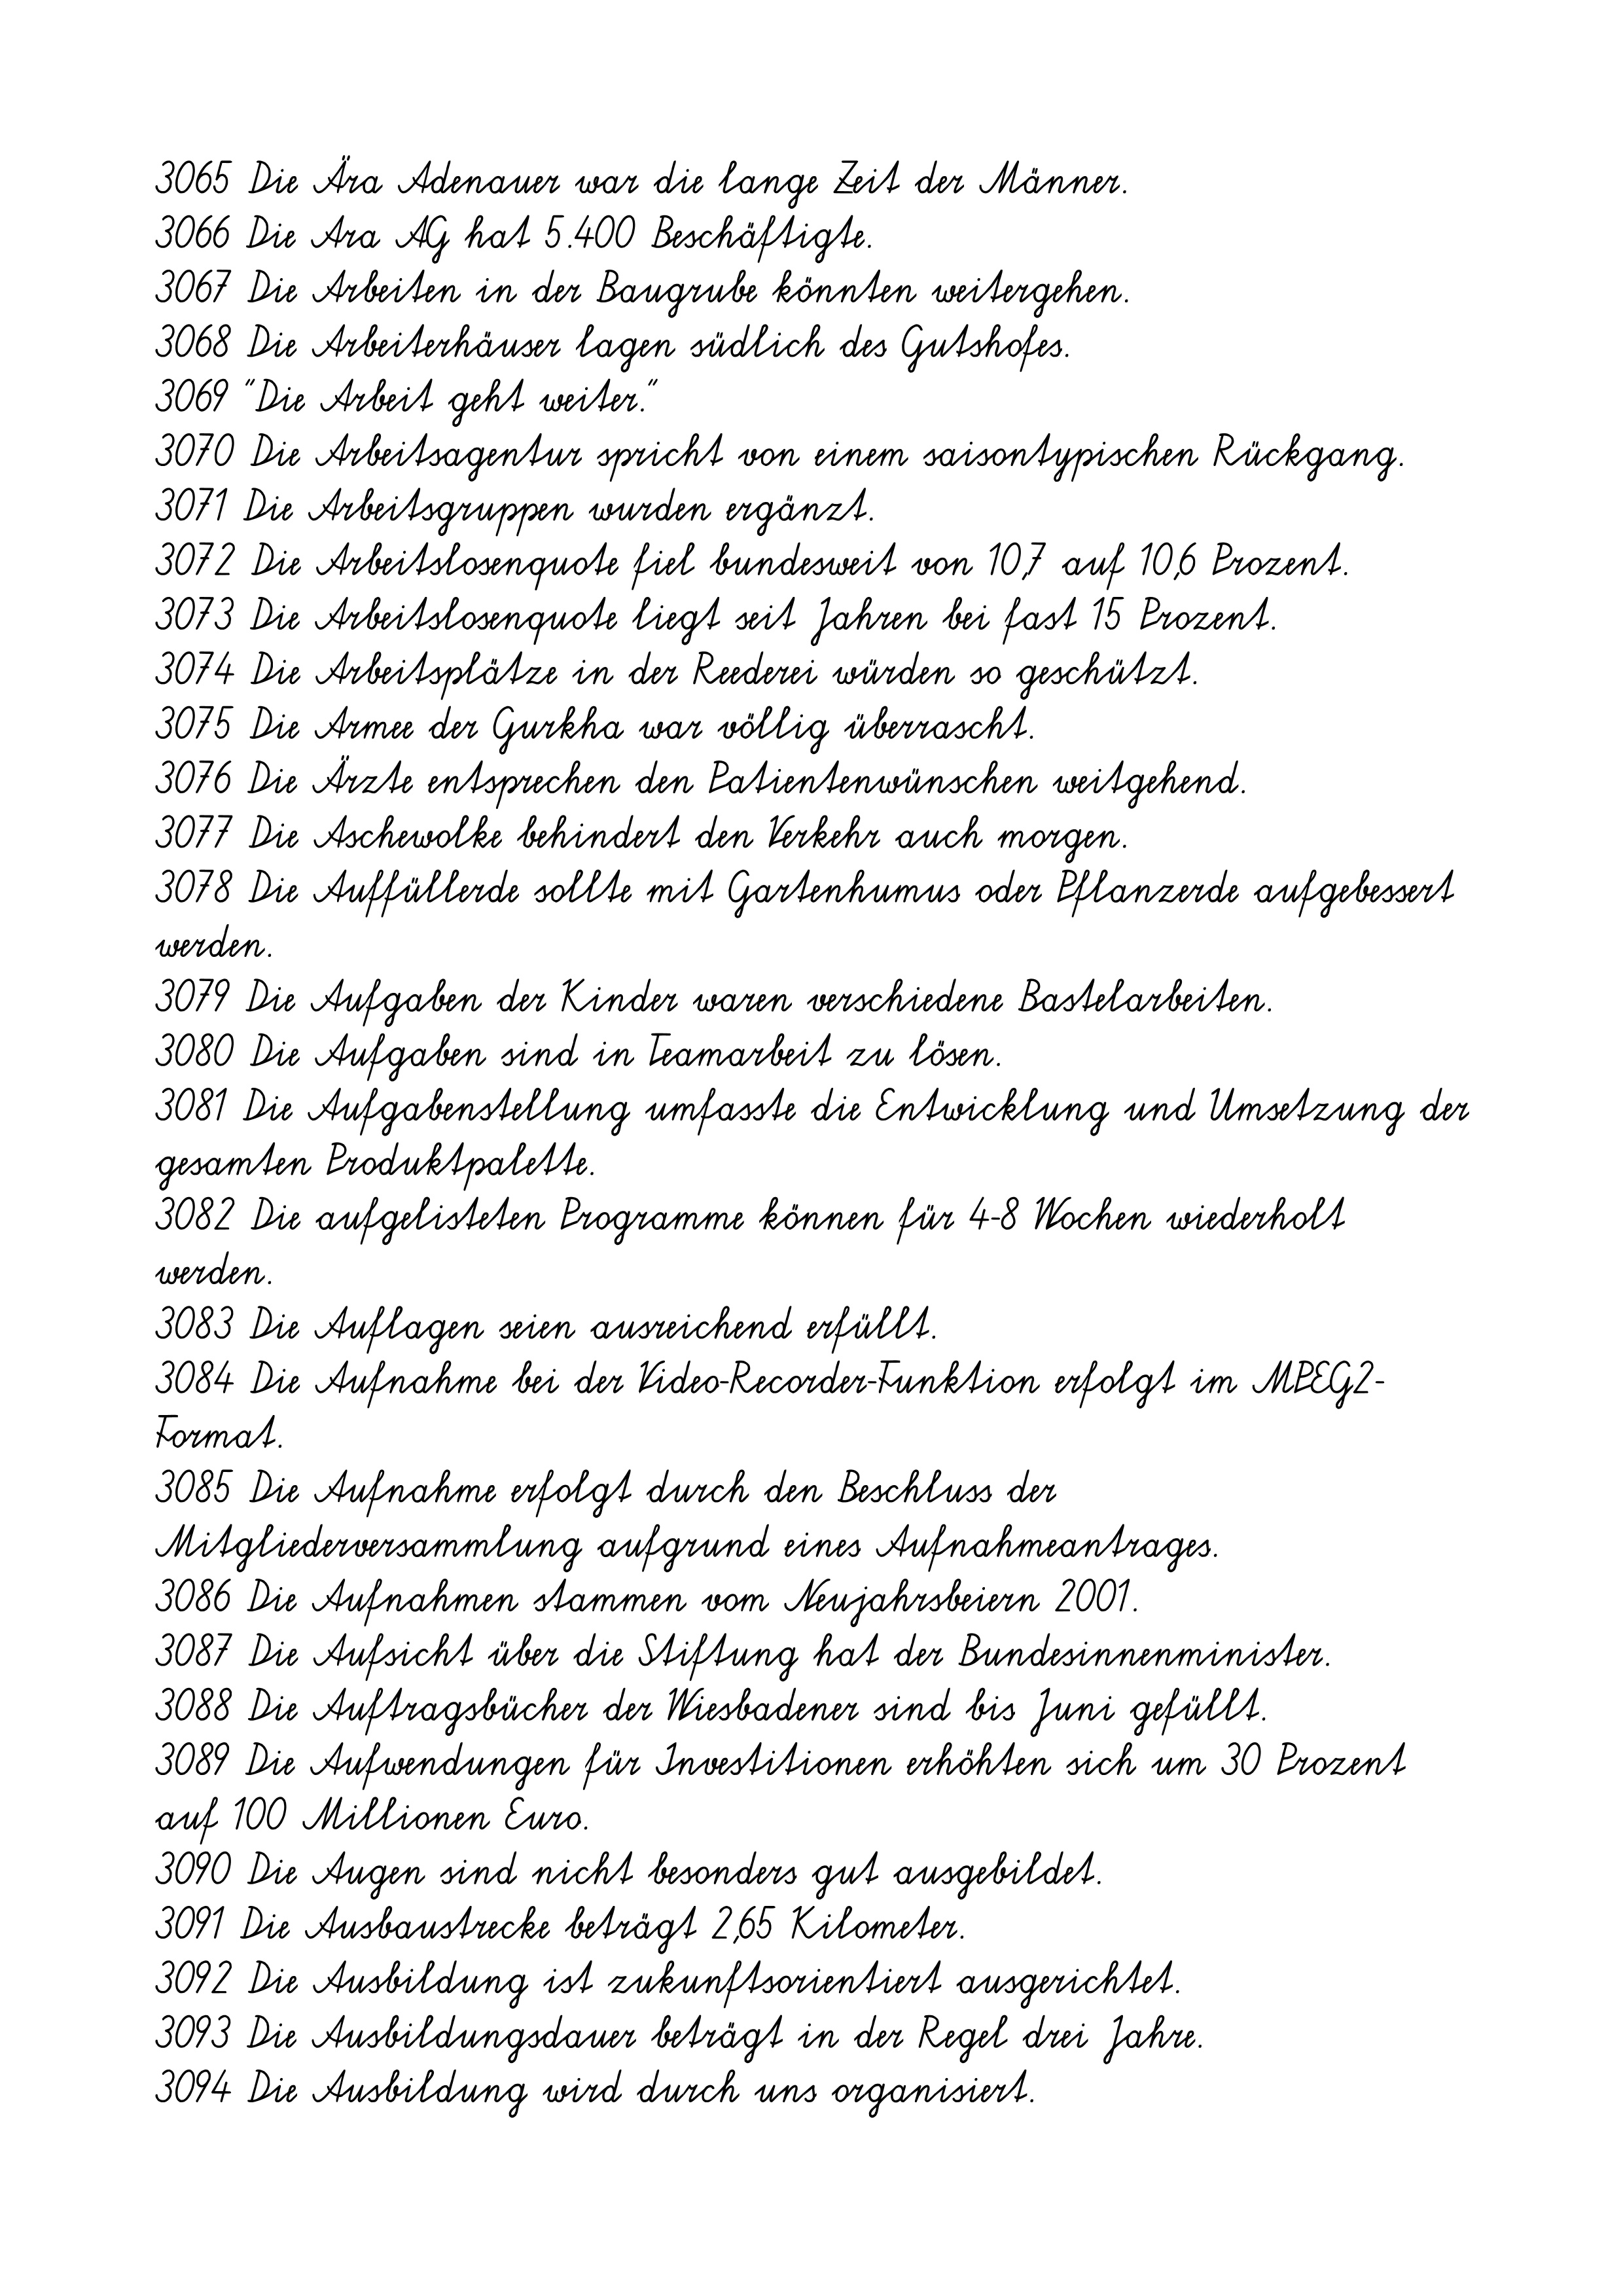
3065 Die Ära Adenauer war die lange Zeit der Männer.
3066 Die Ara AG hat 5.400 Beschäftigte.
3067 Die Arbeiten in der Baugrube könnten weitergehen.
3068 Die Arbeiterhäuser lagen südlich des Gutshofes.
3069 "Die Arbeit geht weiter."
3070 Die Arbeitsagentur spricht von einem saisontypischen Rückgang.
3071 Die Arbeitsgruppen wurden ergänzt.
3072 Die Arbeitslosenquote fiel bundesweit von 10,7 auf 10,6 Prozent.
3073 Die Arbeitslosenquote liegt seit Jahren bei fast 15 Prozent.
3074 Die Arbeitsplätze in der Reederei würden so geschützt.
3075 Die Armee der Gurkha war völlig überrascht.
3076 Die Ärzte entsprechen den Patientenwünschen weitgehend.
3077 Die Aschewolke behindert den Verkehr auch morgen.
3078 Die Auffüllerde sollte mit Gartenhumus oder Pflanzerde aufgebessert
werden.
3079 Die Aufgaben der Kinder waren verschiedene Bastelarbeiten.
3080 Die Aufgaben sind in Teamarbeit zu lösen.
3081 Die Aufgabenstellung umfasste die Entwicklung und Umsetzung der
gesamten Produktpalette.
3082 Die aufgelisteten Programme können für 4-8 Wochen wiederholt
werden.
3083 Die Auflagen seien ausreichend erfüllt.
3084 Die Aufnahme bei der Video-Recorder-Funktion erfolgt im MPEG2-
Format.
3085 Die Aufnahme erfolgt durch den Beschluss der
Mitgliederversammlung aufgrund eines Aufnahmeantrages.
3086 Die Aufnahmen stammen vom Neujahrsbeiern 2001.
3087 Die Aufsicht über die Stiftung hat der Bundesinnenminister.
3088 Die Auftragsbücher der Wiesbadener sind bis Juni gefüllt.
3089 Die Aufwendungen für Investitionen erhöhten sich um 30 Prozent
auf 100 Millionen Euro.
3090 Die Augen sind nicht besonders gut ausgebildet.
3091 Die Ausbaustrecke beträgt 2,65 Kilometer.
3092 Die Ausbildung ist zukunftsorientiert ausgerichtet.
3093 Die Ausbildungsdauer beträgt in der Regel drei Jahre.
3094 Die Ausbildung wird durch uns organisiert.